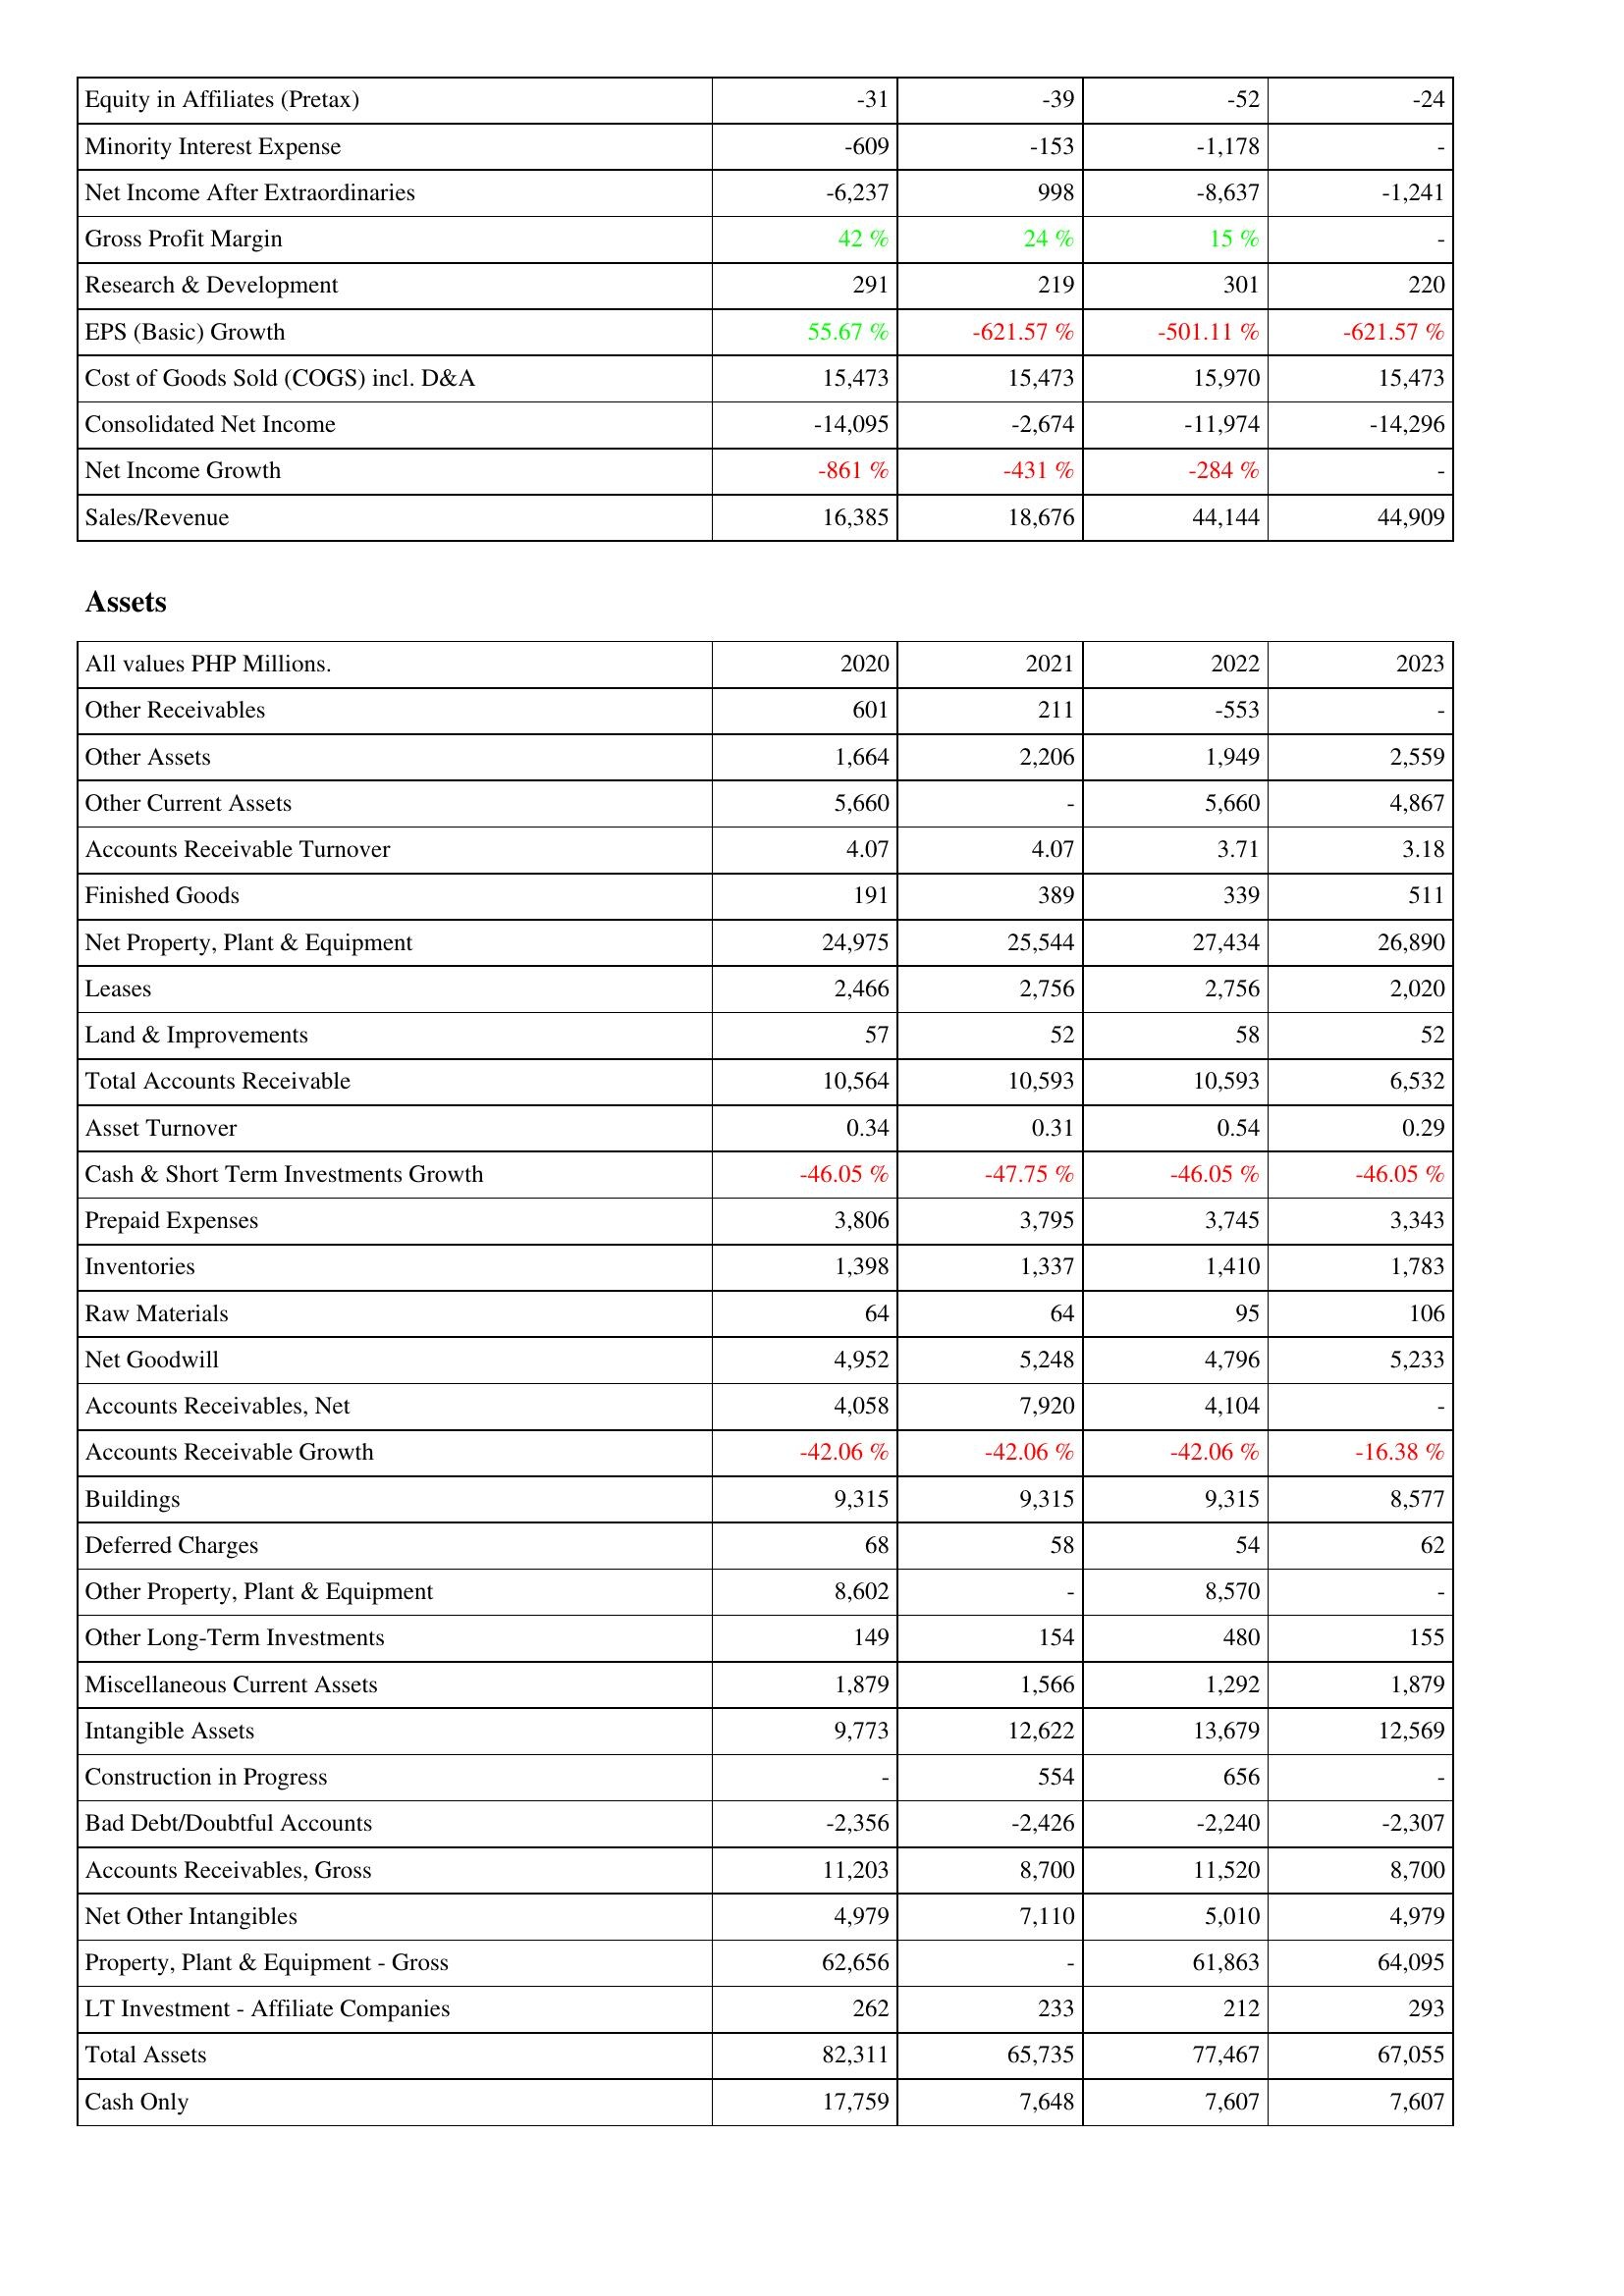
2020: Income Statement: Equity in Affiliates (Pretax): -31
Minority Interest Expense: -609
Net Income After Extraordinaries: -6,237
Gross Profit Margin: 42 %
Research & Development: 291
EPS (Basic) Growth: 55.67 %
Cost of Goods Sold (COGS) incl. D&A: 15,473
Consolidated Net Income: -14,095
Net Income Growth: -861 %
Sales/Revenue: 16,385
Assets: Other Receivables: 601
Other Assets: 1,664
Other Current Assets: 5,660
Accounts Receivable Turnover: 4.07
Finished Goods: 191
Net Property, Plant & Equipment: 24,975
Leases: 2,466
Land & Improvements: 57
Total Accounts Receivable: 10,564
Asset Turnover: 0.34
Cash & Short Term Investments Growth: -46.05 %
Prepaid Expenses: 3,806
Inventories: 1,398
Raw Materials: 64
Net Goodwill: 4,952
Accounts Receivables, Net: 4,058
Accounts Receivable Growth: -42.06 %
Buildings: 9,315
Deferred Charges: 68
Other Property, Plant & Equipment: 8,602
Other Long-Term Investments: 149
Miscellaneous Current Assets: 1,879
Intangible Assets: 9,773
Construction in Progress: -
Bad Debt/Doubtful Accounts: -2,356
Accounts Receivables, Gross: 11,203
Net Other Intangibles: 4,979
Property, Plant & Equipment - Gross: 62,656
LT Investment - Affiliate Companies: 262
Total Assets: 82,311
Cash Only: 17,759
2021: Income Statement: Equity in Affiliates (Pretax): -39
Minority Interest Expense: -153
Net Income After Extraordinaries: 998
Gross Profit Margin: 24 %
Research & Development: 219
EPS (Basic) Growth: -621.57 %
Cost of Goods Sold (COGS) incl. D&A: 15,473
Consolidated Net Income: -2,674
Net Income Growth: -431 %
Sales/Revenue: 18,676
Assets: Other Receivables: 211
Other Assets: 2,206
Other Current Assets: -
Accounts Receivable Turnover: 4.07
Finished Goods: 389
Net Property, Plant & Equipment: 25,544
Leases: 2,756
Land & Improvements: 52
Total Accounts Receivable: 10,593
Asset Turnover: 0.31
Cash & Short Term Investments Growth: -47.75 %
Prepaid Expenses: 3,795
Inventories: 1,337
Raw Materials: 64
Net Goodwill: 5,248
Accounts Receivables, Net: 7,920
Accounts Receivable Growth: -42.06 %
Buildings: 9,315
Deferred Charges: 58
Other Property, Plant & Equipment: -
Other Long-Term Investments: 154
Miscellaneous Current Assets: 1,566
Intangible Assets: 12,622
Construction in Progress: 554
Bad Debt/Doubtful Accounts: -2,426
Accounts Receivables, Gross: 8,700
Net Other Intangibles: 7,110
Property, Plant & Equipment - Gross: -
LT Investment - Affiliate Companies: 233
Total Assets: 65,735
Cash Only: 7,648
2022: Income Statement: Equity in Affiliates (Pretax): -52
Minority Interest Expense: -1,178
Net Income After Extraordinaries: -8,637
Gross Profit Margin: 15 %
Research & Development: 301
EPS (Basic) Growth: -501.11 %
Cost of Goods Sold (COGS) incl. D&A: 15,970
Consolidated Net Income: -11,974
Net Income Growth: -284 %
Sales/Revenue: 44,144
Assets: Other Receivables: -553
Other Assets: 1,949
Other Current Assets: 5,660
Accounts Receivable Turnover: 3.71
Finished Goods: 339
Net Property, Plant & Equipment: 27,434
Leases: 2,756
Land & Improvements: 58
Total Accounts Receivable: 10,593
Asset Turnover: 0.54
Cash & Short Term Investments Growth: -46.05 %
Prepaid Expenses: 3,745
Inventories: 1,410
Raw Materials: 95
Net Goodwill: 4,796
Accounts Receivables, Net: 4,104
Accounts Receivable Growth: -42.06 %
Buildings: 9,315
Deferred Charges: 54
Other Property, Plant & Equipment: 8,570
Other Long-Term Investments: 480
Miscellaneous Current Assets: 1,292
Intangible Assets: 13,679
Construction in Progress: 656
Bad Debt/Doubtful Accounts: -2,240
Accounts Receivables, Gross: 11,520
Net Other Intangibles: 5,010
Property, Plant & Equipment - Gross: 61,863
LT Investment - Affiliate Companies: 212
Total Assets: 77,467
Cash Only: 7,607
2023: Income Statement: Equity in Affiliates (Pretax): -24
Minority Interest Expense: -
Net Income After Extraordinaries: -1,241
Gross Profit Margin: -
Research & Development: 220
EPS (Basic) Growth: -621.57 %
Cost of Goods Sold (COGS) incl. D&A: 15,473
Consolidated Net Income: -14,296
Net Income Growth: -
Sales/Revenue: 44,909
Assets: Other Receivables: -
Other Assets: 2,559
Other Current Assets: 4,867
Accounts Receivable Turnover: 3.18
Finished Goods: 511
Net Property, Plant & Equipment: 26,890
Leases: 2,020
Land & Improvements: 52
Total Accounts Receivable: 6,532
Asset Turnover: 0.29
Cash & Short Term Investments Growth: -46.05 %
Prepaid Expenses: 3,343
Inventories: 1,783
Raw Materials: 106
Net Goodwill: 5,233
Accounts Receivables, Net: -
Accounts Receivable Growth: -16.38 %
Buildings: 8,577
Deferred Charges: 62
Other Property, Plant & Equipment: -
Other Long-Term Investments: 155
Miscellaneous Current Assets: 1,879
Intangible Assets: 12,569
Construction in Progress: -
Bad Debt/Doubtful Accounts: -2,307
Accounts Receivables, Gross: 8,700
Net Other Intangibles: 4,979
Property, Plant & Equipment - Gross: 64,095
LT Investment - Affiliate Companies: 293
Total Assets: 67,055
Cash Only: 7,607